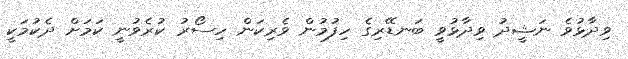
ވިދާޅުވެ ނަޝީދު ވިދާޅުވީ ބަނޑޭރިގެ ހިފުމުން ވެރިކަން ހިސޯރު ކުރެވުނީ ކަމަށް ދެކުމަކީ